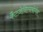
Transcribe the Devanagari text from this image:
कैटज़ेनिल्नबोगेन